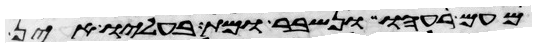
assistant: מעם רעהו ונשבר או מת בעליו אין